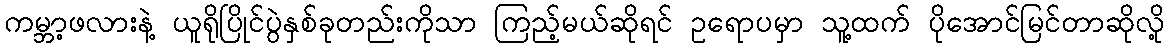
ကမ္ဘာ့ဖလားနဲ့ ယူရိုပြိုင်ပွဲနှစ်ခုတည်းကိုသာ ကြည့်မယ်ဆိုရင် ဥရောပမှာ သူ့ထက် ပိုအောင်မြင်တာဆိုလို့